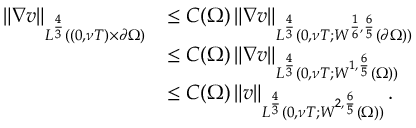
\begin{array} { r l } { \left\lVert \nabla v \right\rVert _ { L ^ { \frac 4 3 } ( ( 0 , \nu T ) \times \partial \Omega ) } } & { \le C ( \Omega ) \left\lVert \nabla v \right\rVert _ { L ^ { \frac 4 3 } ( 0 , \nu T ; W ^ { \frac 1 6 , \frac 6 5 } ( \partial \Omega ) ) } } \\ & { \le C ( \Omega ) \left\lVert \nabla v \right\rVert _ { L ^ { \frac 4 3 } ( 0 , \nu T ; W ^ { 1 , \frac 6 5 } ( \Omega ) ) } } \\ & { \le C ( \Omega ) \left\lVert v \right\rVert _ { L ^ { \frac 4 3 } ( 0 , \nu T ; W ^ { 2 , \frac 6 5 } ( \Omega ) ) } . } \end{array}